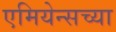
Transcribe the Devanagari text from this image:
एमियेन्सच्या